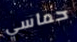
حماسي